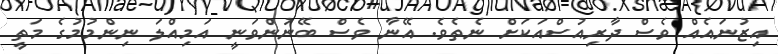
އިޒުނައެއް ވެސް ދާރިއުސްއަކަށް ނެތެވެ. އޭނާ ވެސް ބޭނުންވަނީ އަމިއްލަ ނިންމުމުގެ މަތީ